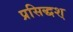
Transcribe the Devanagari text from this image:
प्रसिद्धश्